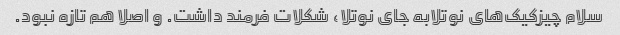
سلام چیزکیک‌های نوتلابه جای نوتلا، شکلات فرمند داشت. و اصلا هم تازه نبود.